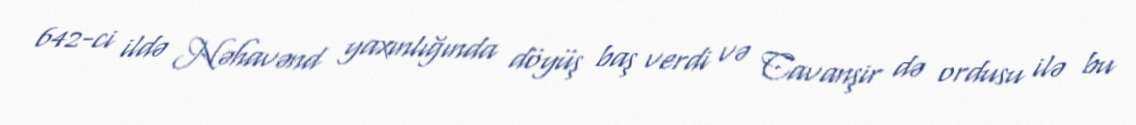
642-ci ildə Nəhavənd yaxınlığında döyüş baş verdi və Cavanşir də ordusu ilə bu